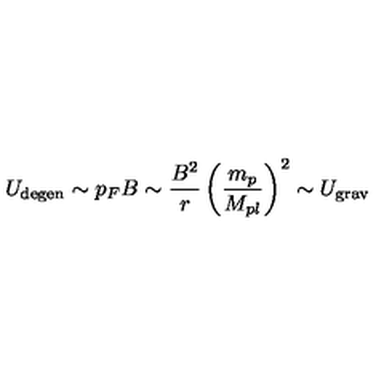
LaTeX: U _ { \mathrm { d e g e n } } \sim p _ { F } B \sim \frac { B ^ { 2 } } { r } \left( \frac { m _ { p } } { M _ { p l } } \right) ^ { 2 } \sim U _ { \mathrm { g r a v } }